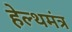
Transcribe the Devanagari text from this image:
हेल्थमंत्र